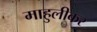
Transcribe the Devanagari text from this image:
माहुलीकर